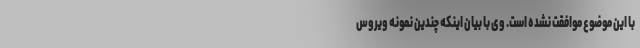
با این موضوع موافقت نشده است. وی با بیان اینکه چندین نمونه ویروس